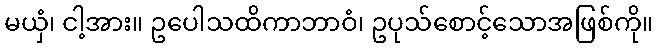
မယှံ၊ ငါ့အား။ ဥပေါသထိကာဘာဝံ၊ ဥပုသ်စောင့်သောအဖြစ်ကို။